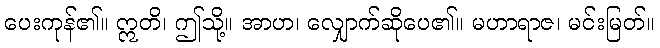
ပေးကုန်၏။ ဣတိ၊ ဤသို့။ အာဟ၊ လျှောက်ဆိုပေ၏။ မဟာရာဇ၊ မင်းမြတ်။